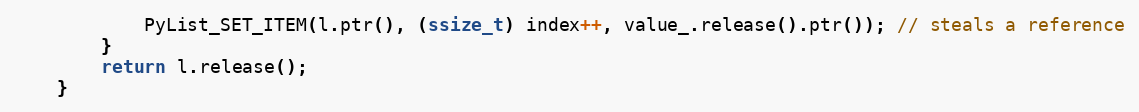
Language: C
            PyList_SET_ITEM(l.ptr(), (ssize_t) index++, value_.release().ptr()); // steals a reference
        }
        return l.release();
    }